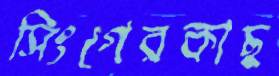
সিংগেরকাছ